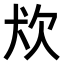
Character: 𤜹